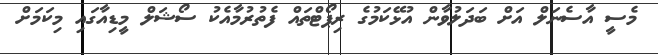
މެސީ އާސެނަލް އަށް ބަދަލުވާން އުޅޭކަމުގެ ރިޕޯޓްތައް ފެތުރުމާއެކު ސޯޝަލް މީޑިއާގައި މިކަމަށް